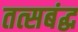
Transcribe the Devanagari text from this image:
तत्सबंद्ध